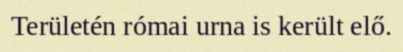
Területén római urna is került elő.